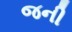
જની